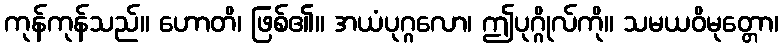
ကုန်ကုန်သည်။ ဟောတိ၊ ဖြစ်၏။ အယံပုဂ္ဂလော၊ ဤပုဂ္ဂိုလ်ကို။ သမယဝိမုတ္တော၊